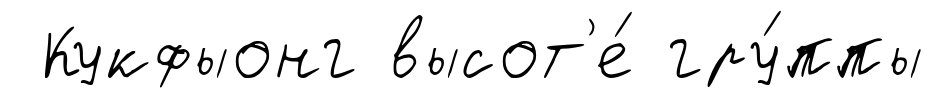
Кукфыонг высот'е́ гру́ппы